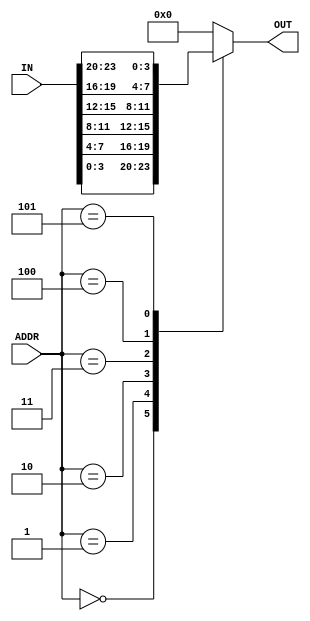
module MX(
    input  [23:0] IN,
    input  [2:0] ADDR,
    output reg [3:0] OUT
);

always @ (IN, ADDR)
begin
	case(ADDR)	
		4'd0: 	OUT = IN[3:0];
		4'd1: 	OUT = IN[7:4];
		4'd2: 	OUT = IN[11:8];
		4'd3: 	OUT = IN[15:12];
		4'd4: 	OUT = IN[19:16];
		4'd5: 	OUT = IN[23:20];
		default: OUT = 4'b0000;
	endcase
end

endmodule